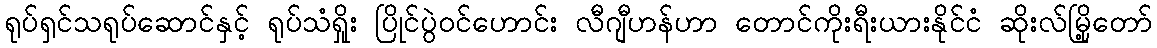
ရုပ်ရှင်သရုပ်ဆောင်နှင့် ရုပ်သံရှိုး ပြိုင်ပွဲဝင်ဟောင်း လီဂျီဟန်ဟာ တောင်ကိုးရီးယားနိုင်ငံ ဆိုးလ်မြို့တော်